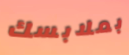
بملابسك